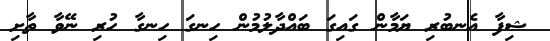
ޝިފާ އެނބުރި ޔަމާން ގައިގަ ބައްދާލުމުން ހިނގަ ހިނގާ ހުރި ނޭވާ ތާށި